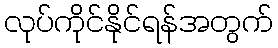
လုပ်ကိုင်နိုင်ရန်အတွက်